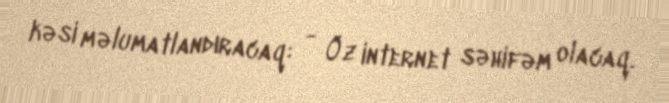
kəsi məlumatlandıracaq: - Öz internet səhifəm olacaq.